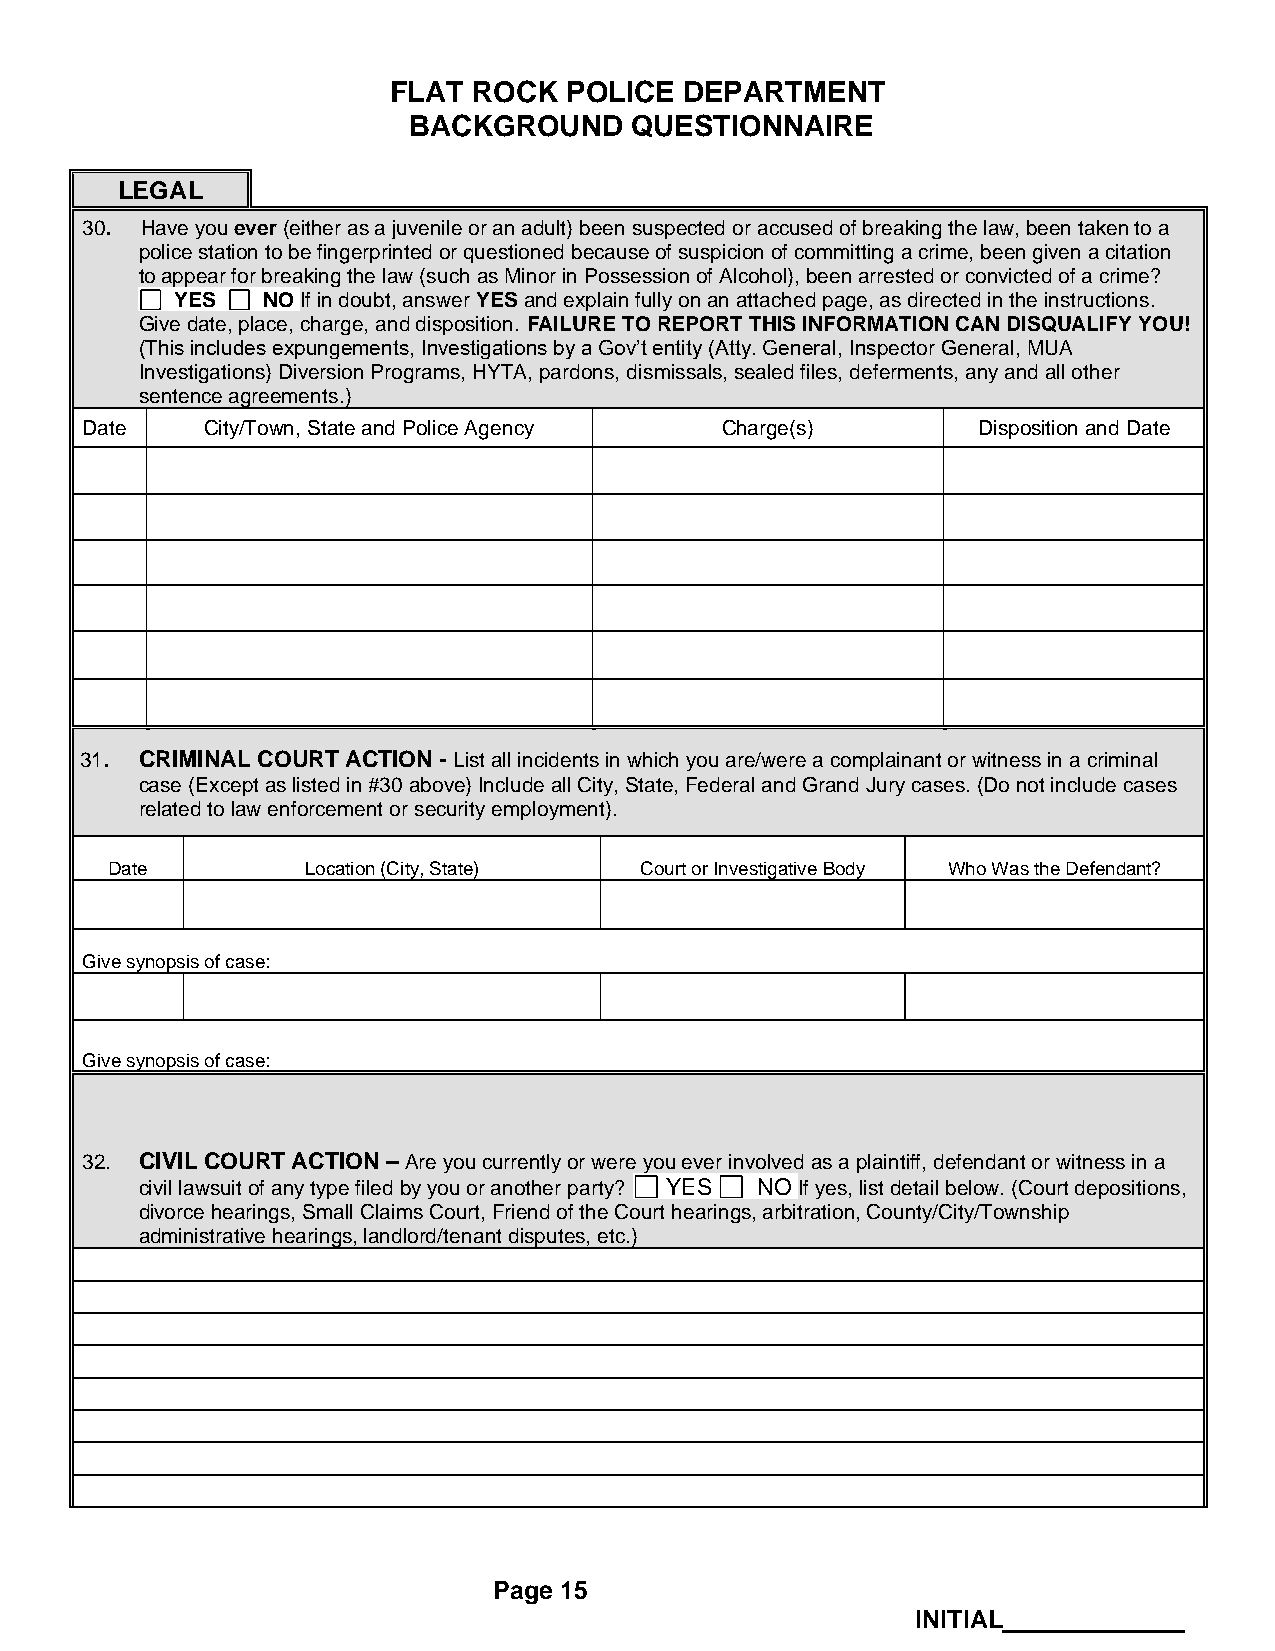
FLAT ROCK  POLICE  DEPARTMENT
 BACKGROUND     QUESTIONNAIRE
 LEGAL
 30. Have you ever (either as a juvenile or an adult) been suspected or accused of breaking the law, been taken to a
 police station to be fingerprinted or questioned because of suspicion of committing a crime, been given a citation
 to appear for breaking the law (such as Minor in Possession of Alcohol), been arrested or convicted of a crime?
 YES  NO If in doubt, answer YES and explain fully on an attached page, as directed in the instructions.
 Give date, place, charge, and disposition. FAILURE TO REPORT THIS INFORMATION CAN DISQUALIFY YOU!
 (This includes expungements, Investigations by a Gov’t entity (Atty. General, Inspector General, MUA
 Investigations) Diversion Programs, HYTA, pardons, dismissals, sealed files, deferments, any and all other
 sentence agreements.)
 Date    City/Town, State and Police Agency Charge(s)        Disposition and Date
 31. CRIMINAL COURT ACTION - List all incidents in which you are/were a complainant or witness in a criminal
 case (Except as listed in #30 above) Include all City, State, Federal and Grand Jury cases. (Do not include cases
 related to law enforcement or security employment).
 Date         Location (City, State) Court or Investigative Body Who Was the Defendant?
 Give synopsis of case:
 Give synopsis of case:
 32. CIVIL COURT ACTION – Are you currently or were you ever involved as a plaintiff, defendant or witness in a
 civil lawsuit of any type filed by you or another party? YES NO If yes, list detail below. (Court depositions,
 divorce hearings, Small Claims Court, Friend of the Court hearings, arbitration, County/City/Township
 administrative hearings, landlord/tenant disputes, etc.)
 Page 15
 INITIAL